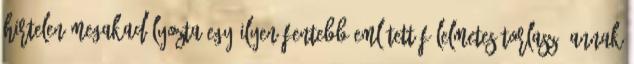
hirtelen megakadályozta egy ilyen fentebb említett félelmetes torlasz, annak